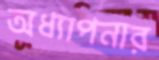
অধ্যাপনার